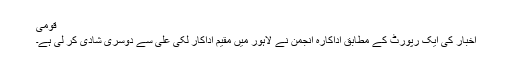
قومی
اخبار کی ایک رپورٹ کے مطابق اداکارہ انجمن نے لاہور میں مقیم اداکار لکی علی سے دوسری شادی کر لی ہے۔